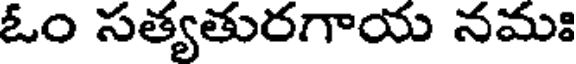
ఓం సత్యతురగాయ నమః